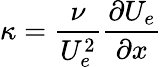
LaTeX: \kappa=\frac{\nu}{U_{e}^{2}}\frac{\partial U_{e}}{\partial x}